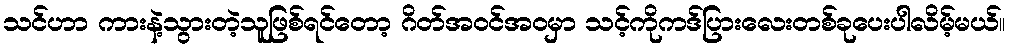
သင်ဟာ ကားနဲ့သွားတဲ့သူဖြစ်ရင်တော့ ဂိတ်အဝင်အဝမှာ သင့်ကိုကဒ်ပြားလေးတစ်ခုပေးပါလိမ့်မယ်။